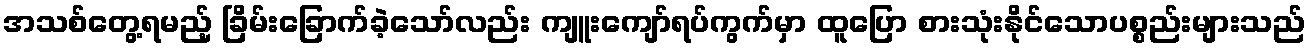
အသစ်တွေ့ရမည့် ခြိမ်းခြောက်ခဲ့သော်လည်း ကျူးကျော်ရပ်ကွက်မှာ ထူပြော စားသုံးနိုင်သောပစ္စည်းများသည်